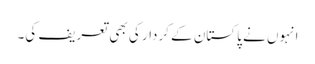
انہوں نے پاکستان کے کردار کی بھی تعریف کی۔